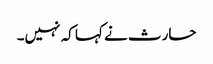
حارث نے کہا کہ نہیں۔